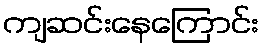
ကျဆင်းနေကြောင်း